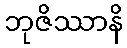
ဘုဇိဿာနိ